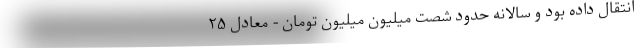
انتقال داده بود و سالانه حدود شصت میلیون میلیون تومان - معادل ۲۵